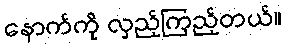
နောက်ကို လှည့်ကြည့်တယ်။